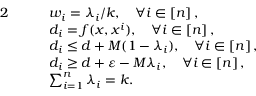
\begin{array} { r l r l } { { 2 } } & { } & & { w _ { i } = \lambda _ { i } / k , \quad \forall i \in [ n ] \, , } \\ & { } & & { d _ { i } = f ( x , x ^ { i } ) , \quad \forall i \in [ n ] \, , } \\ & { } & & { d _ { i } \le d + M ( 1 - \lambda _ { i } ) , \quad \forall i \in [ n ] \, , } \\ & { } & & { d _ { i } \ge d + \varepsilon - M \lambda _ { i } , \quad \forall i \in [ n ] \, , } \\ & { } & & { \sum _ { i = 1 } ^ { n } \lambda _ { i } = k . } \end{array}